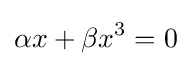
\alpha x+\beta x^{3}=0